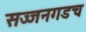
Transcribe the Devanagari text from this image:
सज्जनगडच